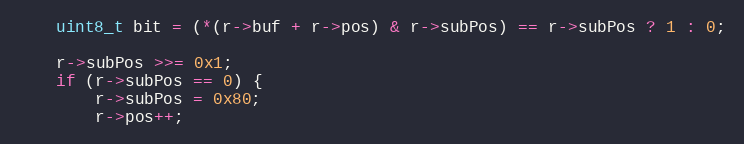
Language: C
	uint8_t bit = (*(r->buf + r->pos) & r->subPos) == r->subPos ? 1 : 0;

	r->subPos >>= 0x1;
	if (r->subPos == 0) {
		r->subPos = 0x80;
		r->pos++;